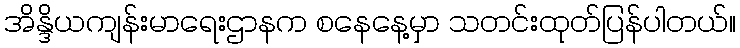
အိန္ဒိယကျန်းမာရေးဌာနက စနေနေ့မှာ သတင်းထုတ်ပြန်ပါတယ်။